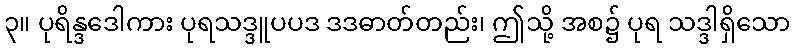
၃။ ပုရိန္ဒဒေါကား ပုရသဒ္ဒူပပဒ ဒဒဓာတ်တည်း၊ ဤသို့ အစ၌ ပုရ သဒ္ဒါရှိသော